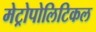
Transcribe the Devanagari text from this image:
मेट्रोपोलिटिकल